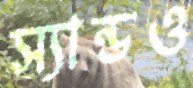
স্যান্ডও